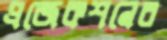
প্রজেকশনের